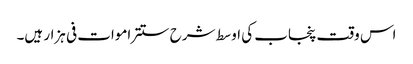
اس وقت پنجاب کی اوسط شرح ستتر اموات فی ہزار ہیں۔